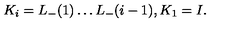
K _ { i } = L _ { - } ( 1 ) \dots L _ { - } ( i - 1 ) , K _ { 1 } = I .